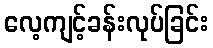
လေ့ကျင့်ခန်းလုပ်ခြင်း